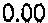
0.00